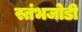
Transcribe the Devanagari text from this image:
स्तंभजोडी